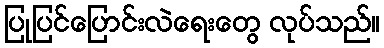
ပြုပြင်ပြောင်းလဲရေးတွေ လုပ်သည်။